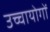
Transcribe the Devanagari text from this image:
उच्चायोगों